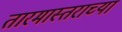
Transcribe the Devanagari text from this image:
तारमास्तराच्या